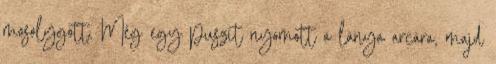
mosolygott. Még egy puszit nyomott a lánya arcára, majd